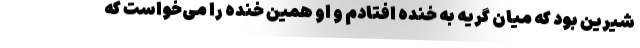
شیرین بود که میان گریه به خنده افتادم و او همین خنده را می‌خواست که